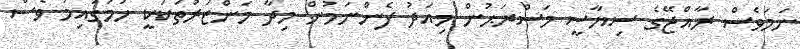
ނަމަވެސް ރާއްޖޭގެ ސިޔާސީ މަސްރަޙުން މިއަދު ފެންނަމުން މިދާ މަންޒަރުތަކަކީ ހަމަގައިމު ވެސް